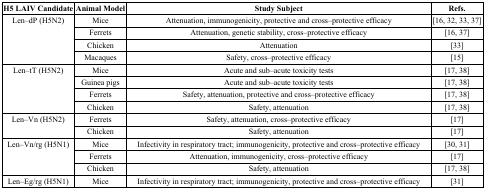
<table><thead><tr><td><b>H5 LAIV Candidate</b></td><td><b>Animal Model</b></td><td><b>Study Subject</b></td><td><b>Refs.</b></td></tr></thead><tbody><tr><td rowspan="4">Len–dP (H5N2)</td><td>Mice</td><td>Attenuation, immunogenicity, protective and cross–protective efficacy</td><td> [16, 32, 33, 37]</td></tr><tr><td>Ferrets</td><td>Attenuation, genetic stability, cross–protective efficacy</td><td> [16, 37]</td></tr><tr><td>Chicken</td><td>Attenuation</td><td> [33]</td></tr><tr><td>Macaques</td><td>Safety, cross–protective efficacy</td><td> [15]</td></tr><tr><td rowspan="4">Len–tT (H5N2)</td><td>Mice</td><td>Acute and sub–acute toxicity tests</td><td> [17, 38]</td></tr><tr><td>Guinea pigs</td><td>Acute and sub–acute toxicity tests</td><td> [17, 38]</td></tr><tr><td>Ferrets</td><td>Safety, attenuation, protective and cross–protective efficacy</td><td> [17, 38]</td></tr><tr><td>Chicken</td><td>Safety, attenuation</td><td> [17, 38]</td></tr><tr><td rowspan="2">Len–Vn (H5N2)</td><td>Ferrets</td><td>Safety, attenuation, cross–protective efficacy</td><td> [17]</td></tr><tr><td>Chicken</td><td>Safety, attenuation</td><td> [17]</td></tr><tr><td rowspan="3">Len–Vn/rg (H5N1)</td><td>Mice</td><td>Infectivity in respiratory tract; immunogenicity, protective and cross–protective efficacy</td><td> [30, 31]</td></tr><tr><td>Ferrets</td><td>Attenuation, immunogenicity, cross–protective efficacy</td><td> [17]</td></tr><tr><td>Chicken</td><td>Safety, attenuation</td><td> [17, 38]</td></tr><tr><td>Len–Eg/rg (H5N1)</td><td>Mice</td><td>Infectivity in respiratory tract; immunogenicity, protective and cross–protective efficacy</td><td> [31]</td></tr></tbody></table>